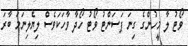
ވޯޓު ލާ މީހުންގެ ގިނަ ޕަސަންޓު ވޯޓު ހޯދާ ވާހަކަވެސް ލިޔެލިނަމަ ބާރަ